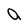
Character: a